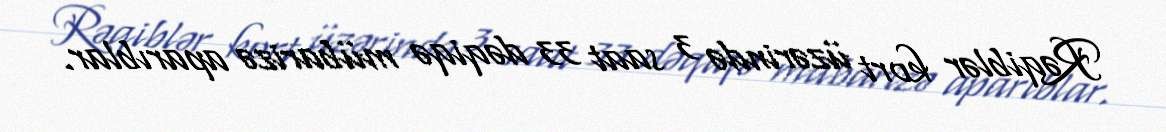
Rəqiblər kort üzərində 3 saat 33 dəqiqə mübarizə aparıblar.